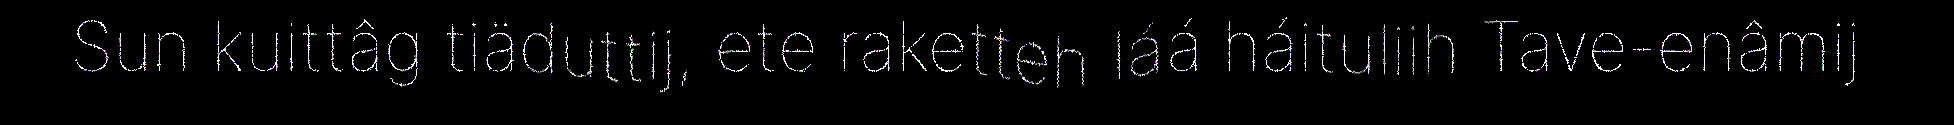
Sun kuittâg tiäduttij, ete raketteh láá háituliih Tave-enâmij